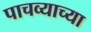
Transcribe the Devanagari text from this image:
पाचव्याच्या